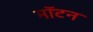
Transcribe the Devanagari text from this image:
मॉटन